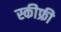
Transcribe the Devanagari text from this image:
स्कीफ्री